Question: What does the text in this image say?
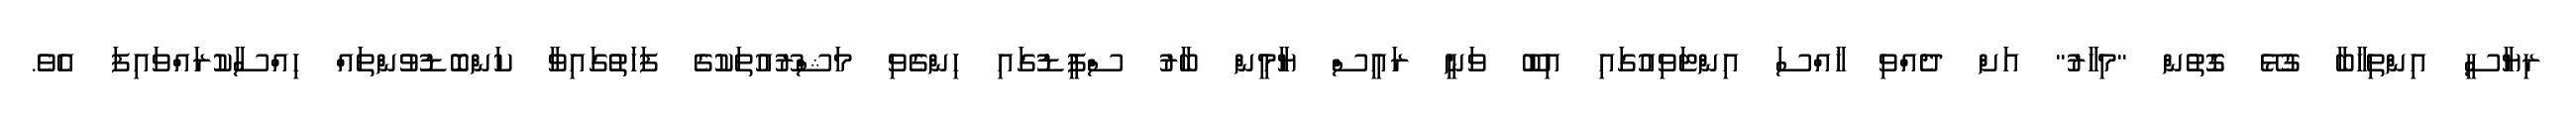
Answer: ރިޔާސީ އިންތިޚާބާ ގުޅޭ ގޮތުން "މިހާރު" އަށް ދެއްވި ޚާއްސަ އިންޓަވިއުގައި އިބޫ ވަނީ ރައީސް ޔާމީން ބާރު ސްޕީޑުގައި ހިންގެވި މަޝްރޫއުތަކުގެ ފަހަތުގައިވާ ކަންބޮޑުވުންތައް ހިއްސާކުރައްވައިފަ އެވެ.